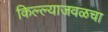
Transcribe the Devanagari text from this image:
किल्ल्याजवळचा